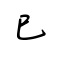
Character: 巳